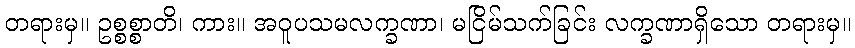
တရားမှ။ ဥစ္စစ္စာတိ၊ ကား။ အဝူပသမလက္ခဏာ၊ မငြိမ်သက်ခြင်း လက္ခဏာရှိသော တရားမှ။